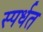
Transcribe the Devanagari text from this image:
स्पर्धत